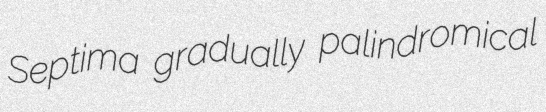
Septima gradually palindromical